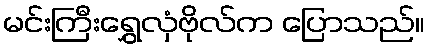
မင်းကြီးရွှေလှံဗိုလ်က ပြောသည်။